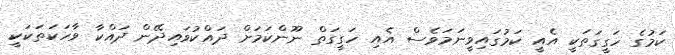
ކަމުގެ ހަގީގަތަކީ އެއީ ކަމުގައިވީނަމަވެސް އެއި ހަގީގަތް ނޫންކަމަށް ދައްކުވައިދޭން ދައްކާ ވާހަކަތަކަކީ